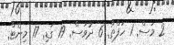
2 މަސް